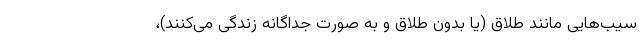
سیب‌هایی مانند طلاق (یا بدون طلاق و به صورت جداگانه زندگی می‌کنند)،